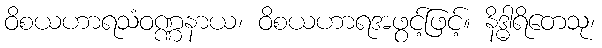
ဝိစယဟာရသံဝဏ္ဏနာယ၊ ဝိစယဟာရအဖွင့်ဖြင့်။ နိဒ္ဓါရိတေသု၊